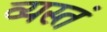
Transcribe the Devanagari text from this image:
व्यस्तं